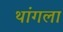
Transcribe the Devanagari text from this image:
थांगला